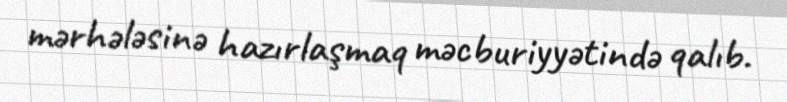
mərhələsinə hazırlaşmaq məcburiyyətində qalıb.